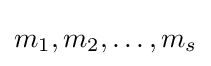
m_{1},m_{2},\ldots ,m_{s}